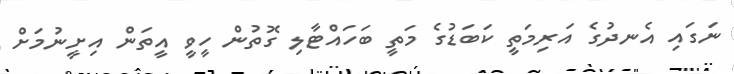
ނަގައި އެނދުގެ އަރިމަތީ ކަބަޑުގެ މަތީ ބަހައްޓާލި ގޮތުން ހީވީ އީތަން އިށީނުމަށް